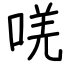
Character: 唴